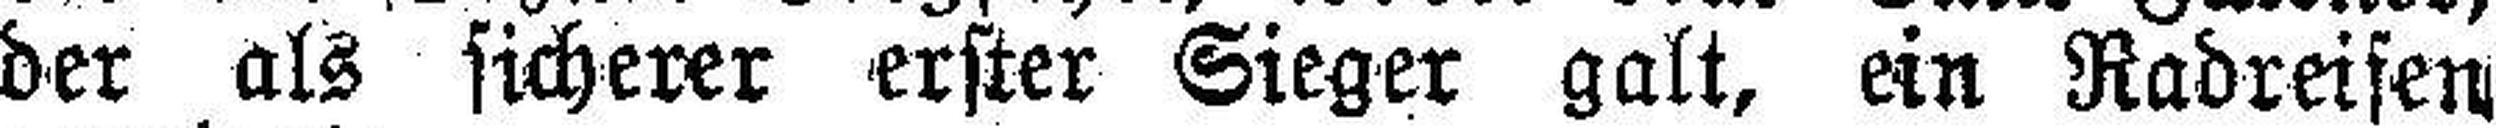
der als sicherer erster Sieger galt, ein Radreifen